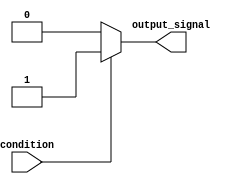
module simple_assign (
  input condition,
  output reg output_signal
);

always @ (*) begin
    if (condition) begin
        output_signal = 1'b1;
    end else begin
        output_signal = 1'b0;
    end
end

endmodule